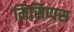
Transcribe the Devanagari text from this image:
मिसिप्पस